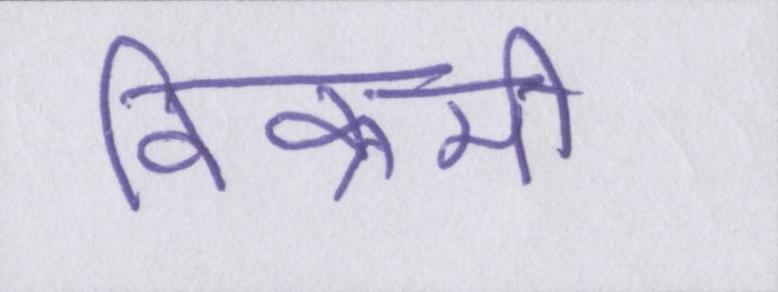
विक्रमी